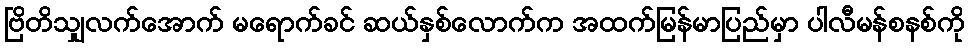
ဗြိတိသျှလက်အောက် မရောက်ခင် ဆယ်နှစ်လောက်က အထက်မြန်မာပြည်မှာ ပါလီမန်စနစ်ကို